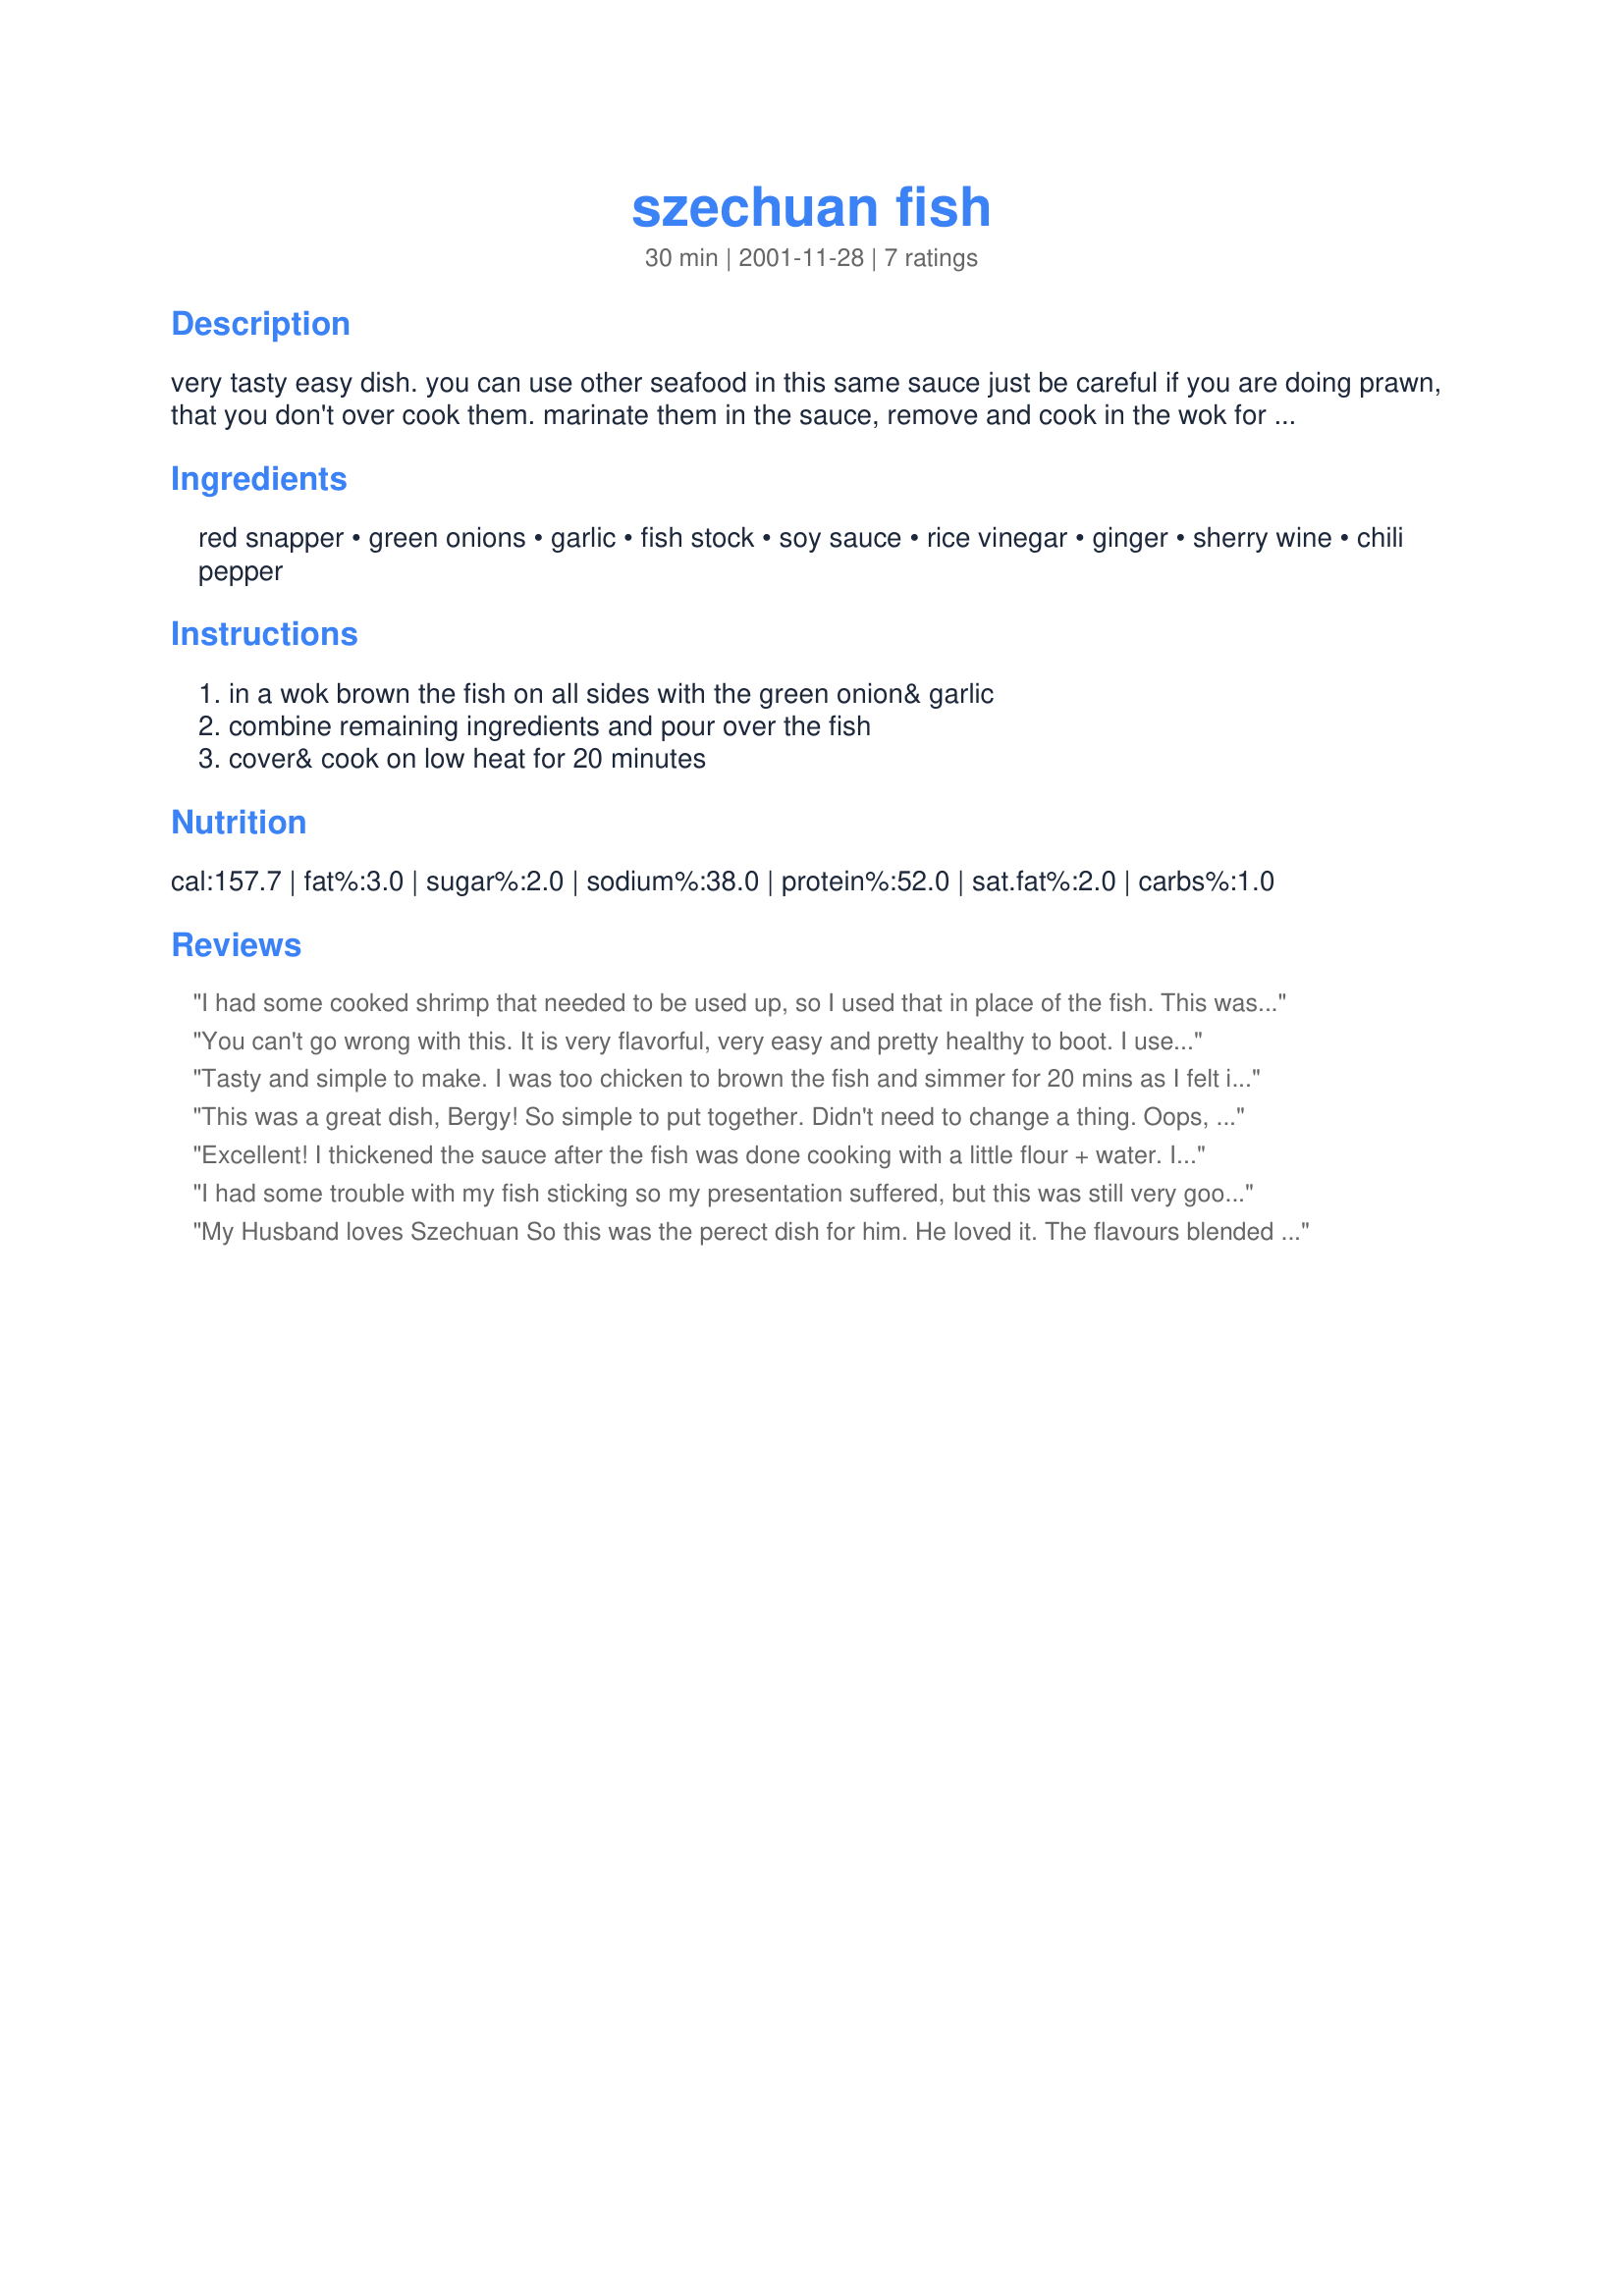
szechuan fish
Preparation time: 30 minutes

very tasty easy dish. you can use other seafood in this same sauce just be careful if you are doing prawn, that you don't over cook them. marinate them in the sauce, remove and cook in the wok for 3 minutes,remove from wok, cook sauce and put the prawns in for about 1 more minute

Ingredients:
red snapper, green onions, garlic, fish stock, soy sauce, rice vinegar, ginger, sherry wine, chili pepper

Steps:
in a wok brown the fish on all sides with the green onion& garlic, combine remaining ingredients and pour over the fish, cover& cook on low heat for 20 minutes

Reviews:
I had some cooked shrimp that needed to be used up, so I used that in place of the fish. This was very easy to had lots of flavour. Thanks for the recipe
You can't go wrong with this. It is very flavorful, very easy and pretty healthy to boot. I used some of the left over liquid to cook my rice, yum.
Tasty and simple to make. I was too chicken to brown the fish and simmer for 20 mins as I felt it would be over cooked, so I just simmered for as long as I dared before adding some prawns for a final quick simmer. I did thicken slightly with cornflour but don't feel it was entirely necessary. Quick and YUM!
This was a great dish, Bergy! So simple to put together. Didn't need to change a thing. Oops, did use a veggie stock as it was what I had on hand. Served over white rice w/stir-fry veggies of course. Will have again. Thnx for posting, Bergy,.
Excellent! I thickened the sauce after the fish was done cooking with a little flour + water. I also made frozen stir fry veggies with this and served it over rice, topped with the thickened sauce.
I had some trouble with my fish sticking so my presentation suffered, but this was still very good. I would have preferred to use fish stock, but didn't have any on hand. I served this over rice with stir fried baby bok choy. I would love to try with shrimp!
My Husband loves Szechuan So this was the perect dish for him. He loved it. The flavours blended well, I served it with a veggie stir-fry. Thank-you so much. Polly.
